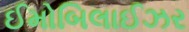
ઈમોબિલાઈઝર